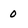
Character: o